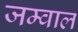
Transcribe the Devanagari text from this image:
जम्वाल